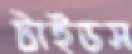
টাইডস